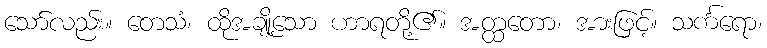
သော်လည်း။ တေသံ၊ ထိုအချို့သော ဟာရတို့၏။ အတ္ထတော၊ အားဖြင့်။ သင်္ကရော၊